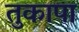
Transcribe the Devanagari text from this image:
तुकापा